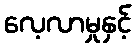
လေ့လာမှုနှင့်